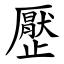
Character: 㱘